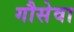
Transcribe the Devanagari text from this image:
गौसेवा